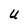
Character: U